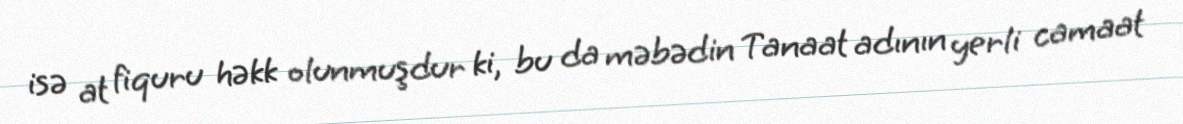
isə at fiquru həkk olunmuşdur ki, bu da məbədin Tanaat adının yerli camaat